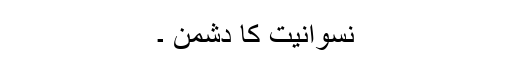
نسوانیت کا دشمن ۔